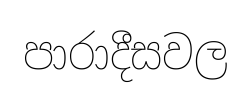
පාරාදීසවල